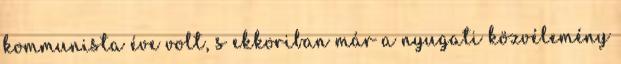
kommunista éve volt, s ekkoriban már a nyugati közvélemény